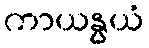
ကာယနွယံ